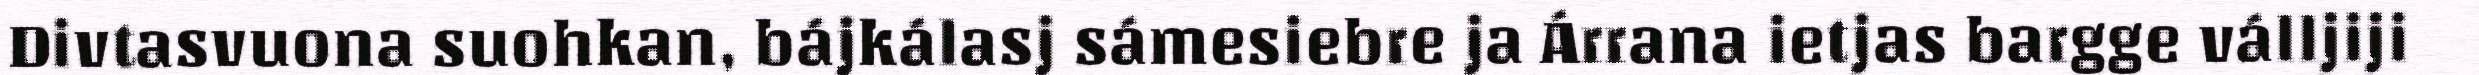
Divtasvuona suohkan, bájkálasj sámesiebre ja Árrana ietjas bargge válljiji